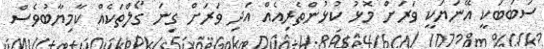
ސަބަބަކީ އޭނަޔަކީ ވަރަށް މޮޅު ކުޅުންތެރިއެއް އަދި ވަރަށް ގިނަ ގޯލްތަކެއް ކާމިޔާބުވެސް